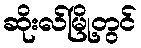
ဆိုးလ်မြို့တွင်